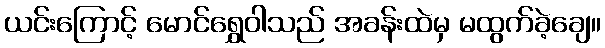
ယင်းကြောင့် မောင်ရွှေဝါသည် အခန်းထဲမှ မထွက်ခဲ့ချေ။